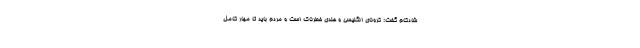
شادکام گفت: کرونای انگلیسی و هندی خطرناک است و مردم باید تا مهار کامل